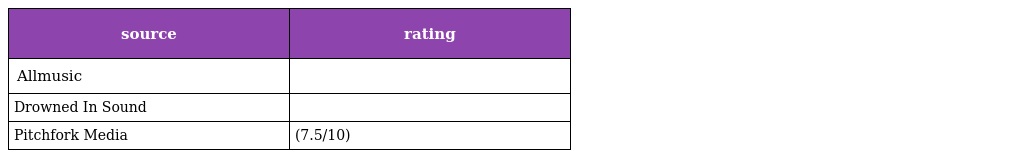
| source | rating |
 | --- | --- |
 | Allmusic |  |
 | Drowned In Sound |  |
 | Pitchfork Media | (7.5/10) |